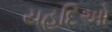
યહૂદિઓ